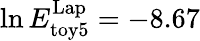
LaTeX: \ln E_{\mathrm{toy5}}^{\mathrm{Lap}}=-8.67